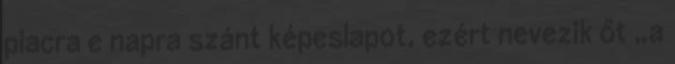
piacra e napra szánt képeslapot, ezért nevezik őt „a